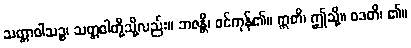
သတ္တာဝါသဉ္စ၊ သတ္တဝါတို့သို့လည်း။ ဘဇန္တိ၊ ဝင်ကုန်၏။ ဣတိ၊ ဤသို့။ ဝဒတိ၊ ၏။